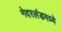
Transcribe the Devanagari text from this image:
नेदरलंडमध्ये